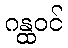
ဂန္ထဝင်